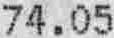
74.05